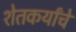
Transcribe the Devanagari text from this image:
शेतकर्यांचे